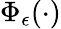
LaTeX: \Phi_{\epsilon}(\cdot)